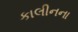
કાલીનના